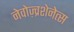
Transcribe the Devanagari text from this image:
नेवोज़्व्रशेनेत्स